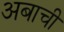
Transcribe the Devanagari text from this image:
अबाची